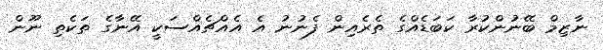
ނާޒިމް ބޭނުންކުރާ ކަބަޑެއްގެ ތެރެއިން ފެނުނު އެ އެއްޗެއްސަކީ އޭނާގެ ތަކެތި ނޫން